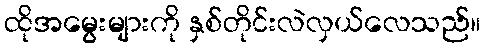
ထိုအမွေးများကို နှစ်တိုင်းလဲလှယ်လေသည်။